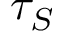
\tau _ { S }